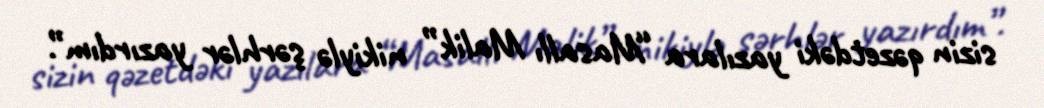
sizin qəzetdəki yazılara “Masallı Malik” nikiylə şərhlər yazırdım”.